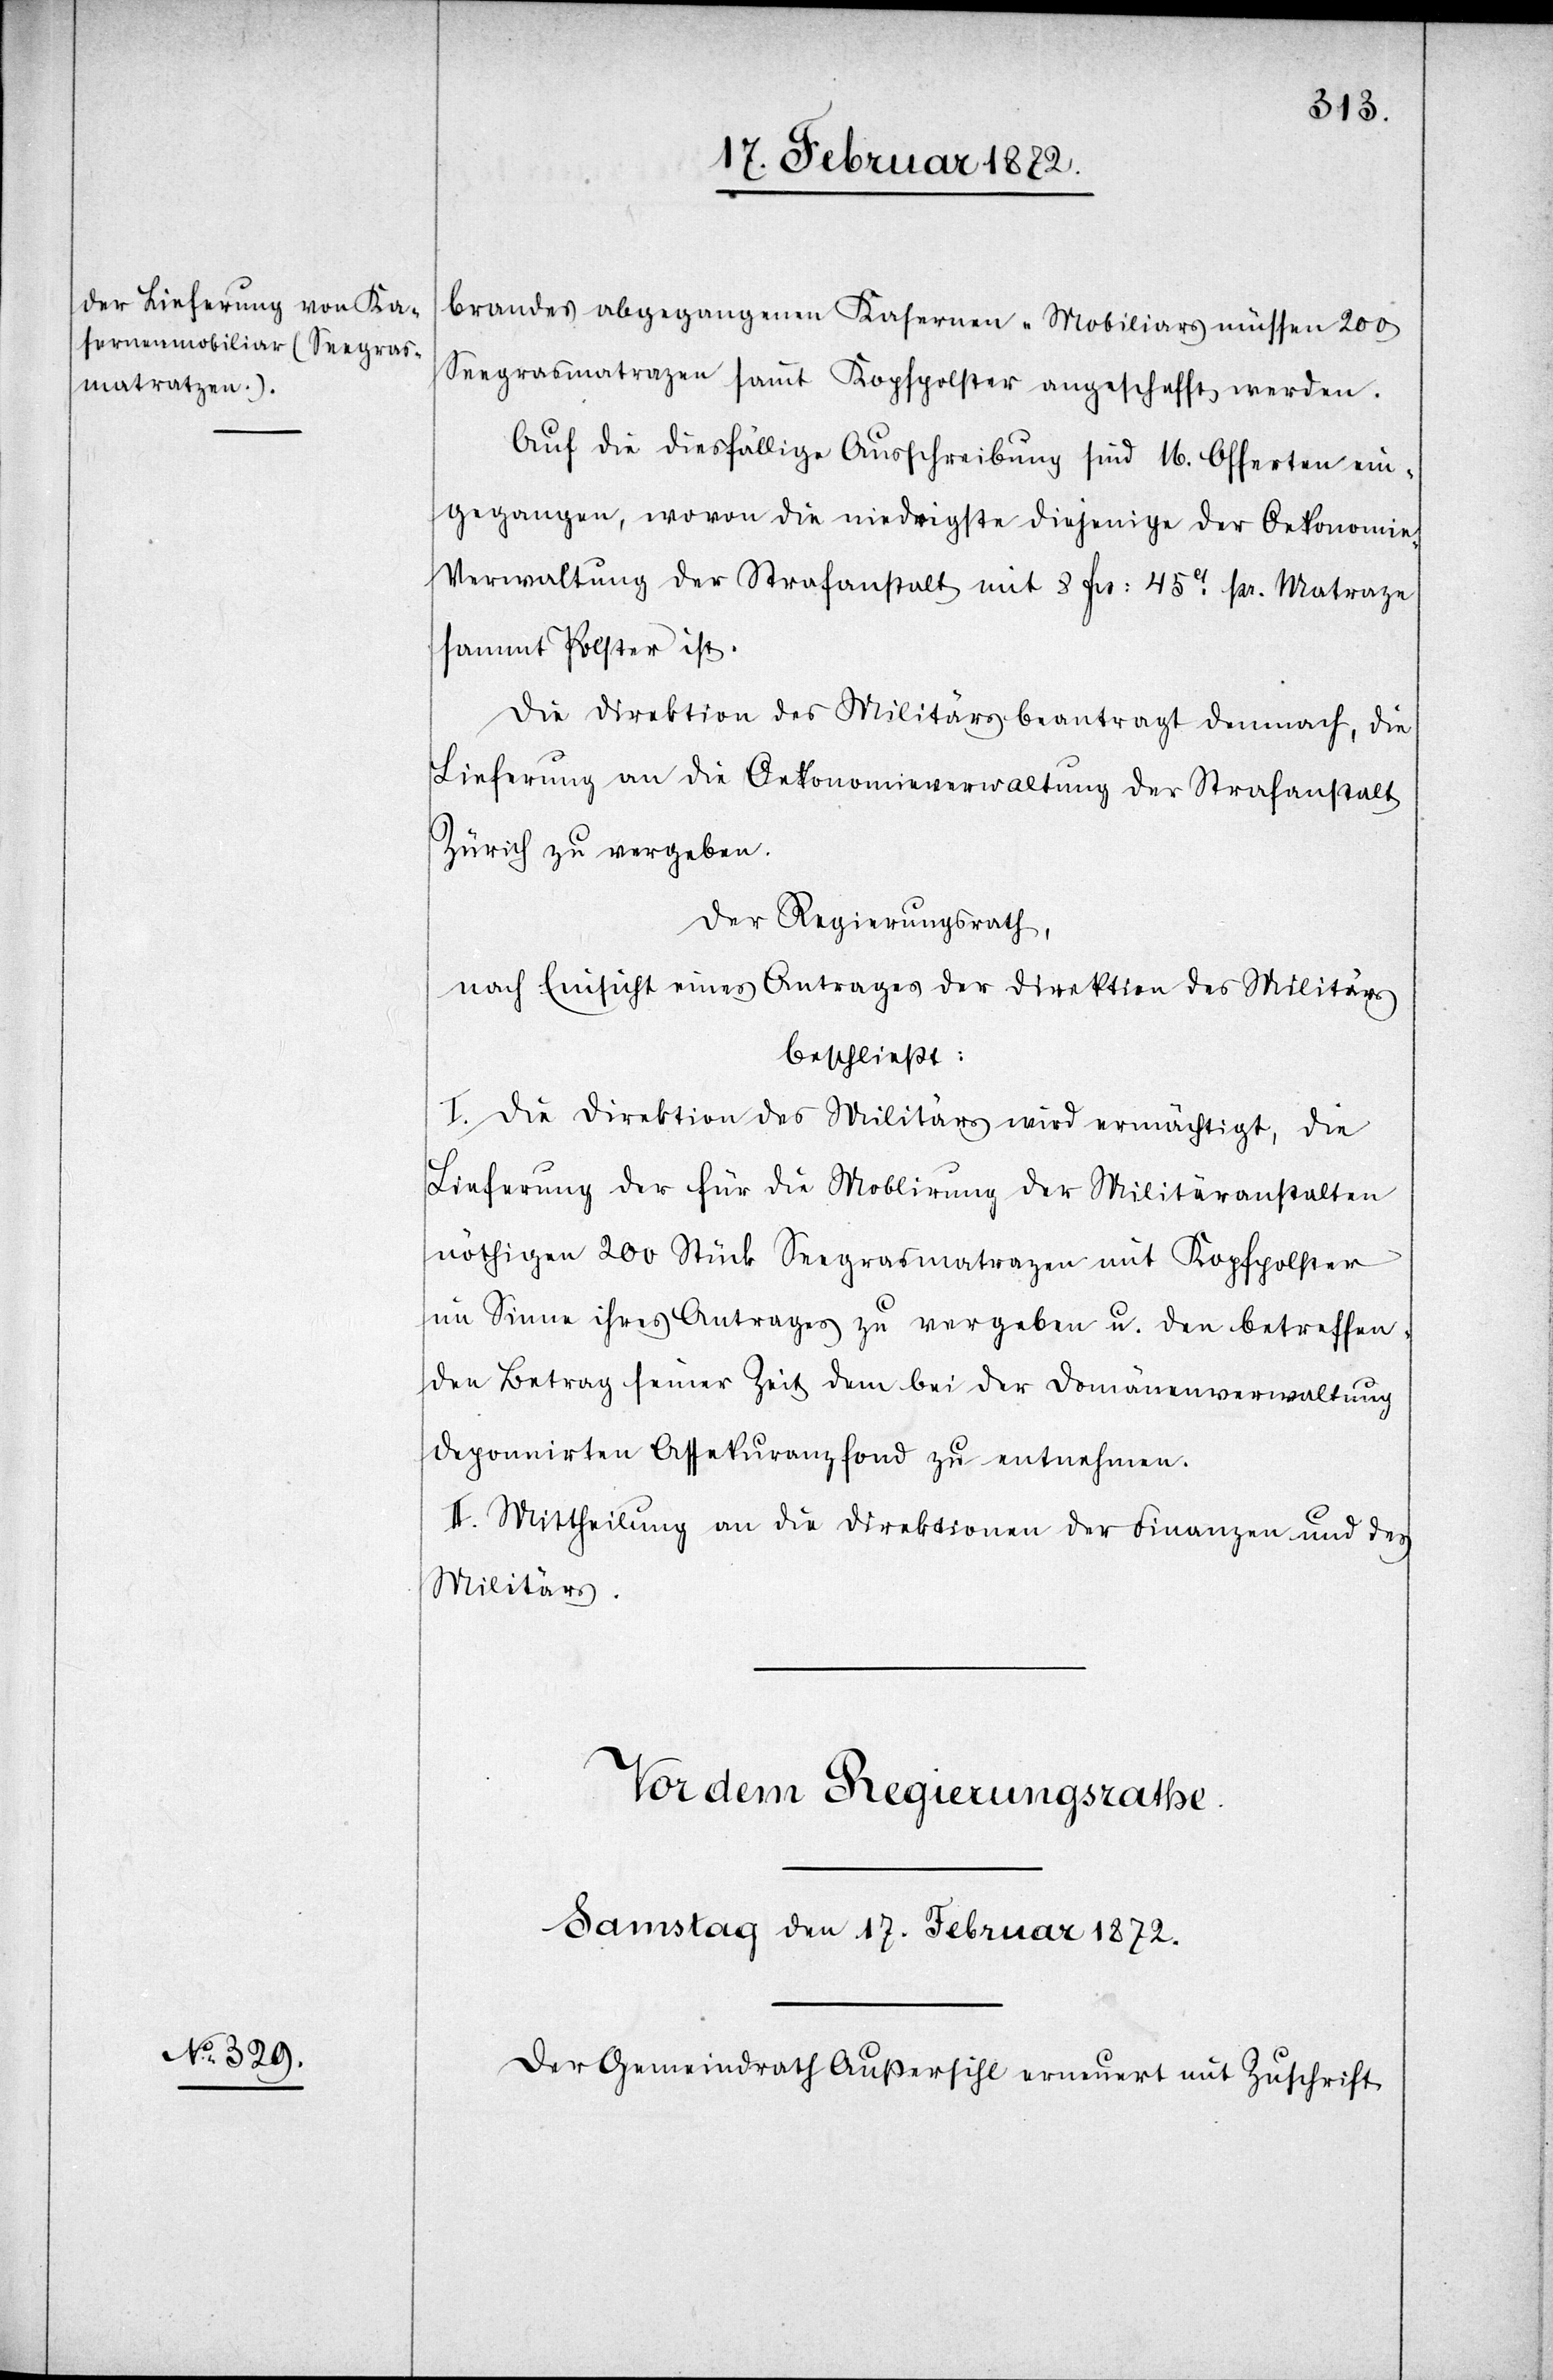
brandes abgegangenen Kasernen-Mobiliars müssen 200
Seegrasmatrazen sammt Kopfpolster angeschafft werden.
Auf die diesfällige Ausschreibung sind 16. Offerten ein¬
gegangen, wovon die niedrigste diejenige der Oekonomi¬
e-Verwaltung der Strafanstalt mit 8 Frs. 45ct pr. Matraze
sammt Polster ist.
Die Direktion des Militärs beantragt demnach, die
Lieferung an die Oekonomieverwaltung der Strafanstalt
Zürich zu vergeben.
Der Regierungsrath,
nach Einsicht eines Antrages der Direktion des Militärs
beschließt:
I. Die Direktion des Militärs wird ermächtigt die
Lieferung der für die Moblirung der Militäranstalten
nöthigen 200 Stück Seegrasmatrazen mit Kopfpolster
im Sinne ihres Antrages zu vergeben u. den betreffen¬
den Betrag seiner Zeit dem bei der Domänenverwaltung
deponnirten Assekuranzfond zu entnehmen.
II. Mittheilung an die Direktion der Finanzen und des
Militärs.
Der Gemeindrath Außersihl erneuert mit Zuschrift